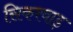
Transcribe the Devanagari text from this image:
सिकरवाड़